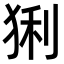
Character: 猁